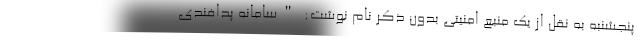
پنجشنبه به نقل از یک منبع امنیتی بدون ذکر نام نوشت: "سامانه پدافندی